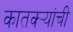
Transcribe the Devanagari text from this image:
कातक्र्‍यांची